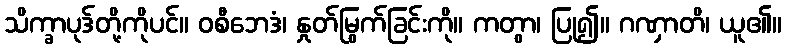
သိက္ခာပုဒ်တို့ကိုပင်။ ဝစီဘေဒံ၊ နှုတ်မြွက်ခြင်းကို။ ကတွာ၊ ပြု၍။ ဂဏှာတိ၊ ယူ၏။